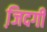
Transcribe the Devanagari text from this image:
जि़दगी